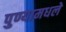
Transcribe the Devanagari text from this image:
पुण्यामधले